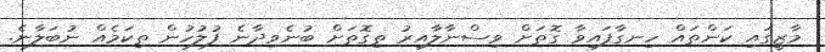
މާޒީގައި ކަންތައް ހިނގާފައިވާ ގޮތަށް ވިސްނާލާއިރު ތިގޮތަށް ބުނެވިދާނެ ފުލުހުން ތިކަމެއް ނުބަލާނެ.